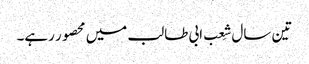
تین سال شِعب ابی طالب میں محصور رہے۔